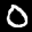
Label: 0